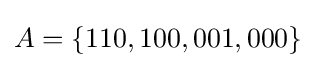
A=\{110,100,001,000\}